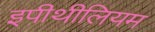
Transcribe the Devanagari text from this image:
इपीथीलियम